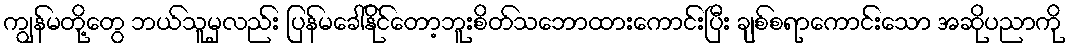
ကျွန်မတို့တွေ ဘယ်သူမှလည်း ပြန်မခေါ်နိုင်တော့ဘူးစိတ်သဘောထားကောင်းပြီး ချစ်စရာကောင်းသော အဆိုပညာကို